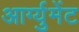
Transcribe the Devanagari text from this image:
आर्ग्युमेंट